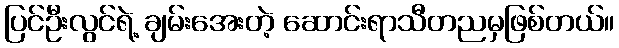
ပြင်ဦးလွင်ရဲ့ ချမ်းအေးတဲ့ ဆောင်းရာသီတညမှဖြစ်တယ်။